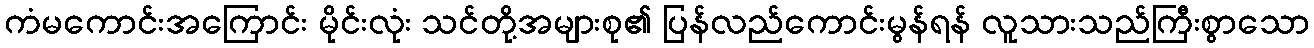
ကံမကောင်းအကြောင်း မိုင်းလုံး သင်တို့အများစု၏ ပြန်လည်ကောင်းမွန်ရန် လူသားသည်ကြီးစွာသော